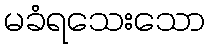
မခံရသေးသော